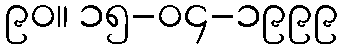
၉၀။ ၁၅-၀၄-၁၉၉၉